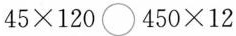
$$4 5 \times 1 2 0 \bigcirc 4 5 0 \times 1 2$$